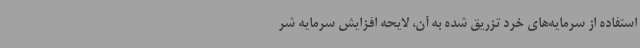
استفاده از سرمایه‌های خرد تزریق شده به آن، لایحه افزایش سرمایه شر